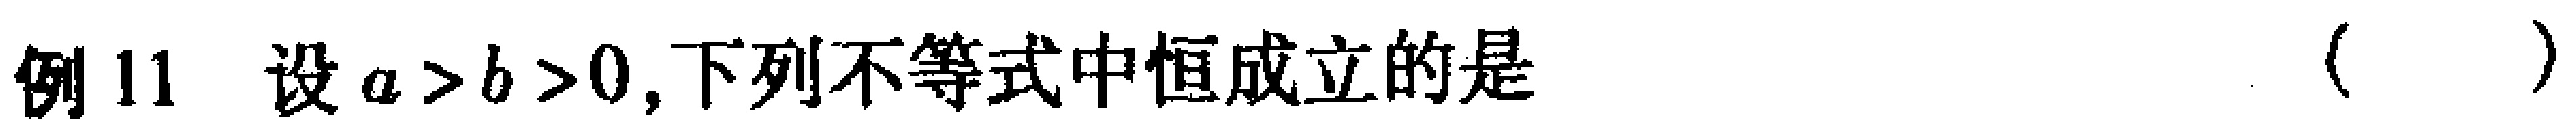
例11 设\(a > b > 0\),下列不等式中恒成立的是 （  ）